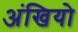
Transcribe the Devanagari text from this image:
अंखियो